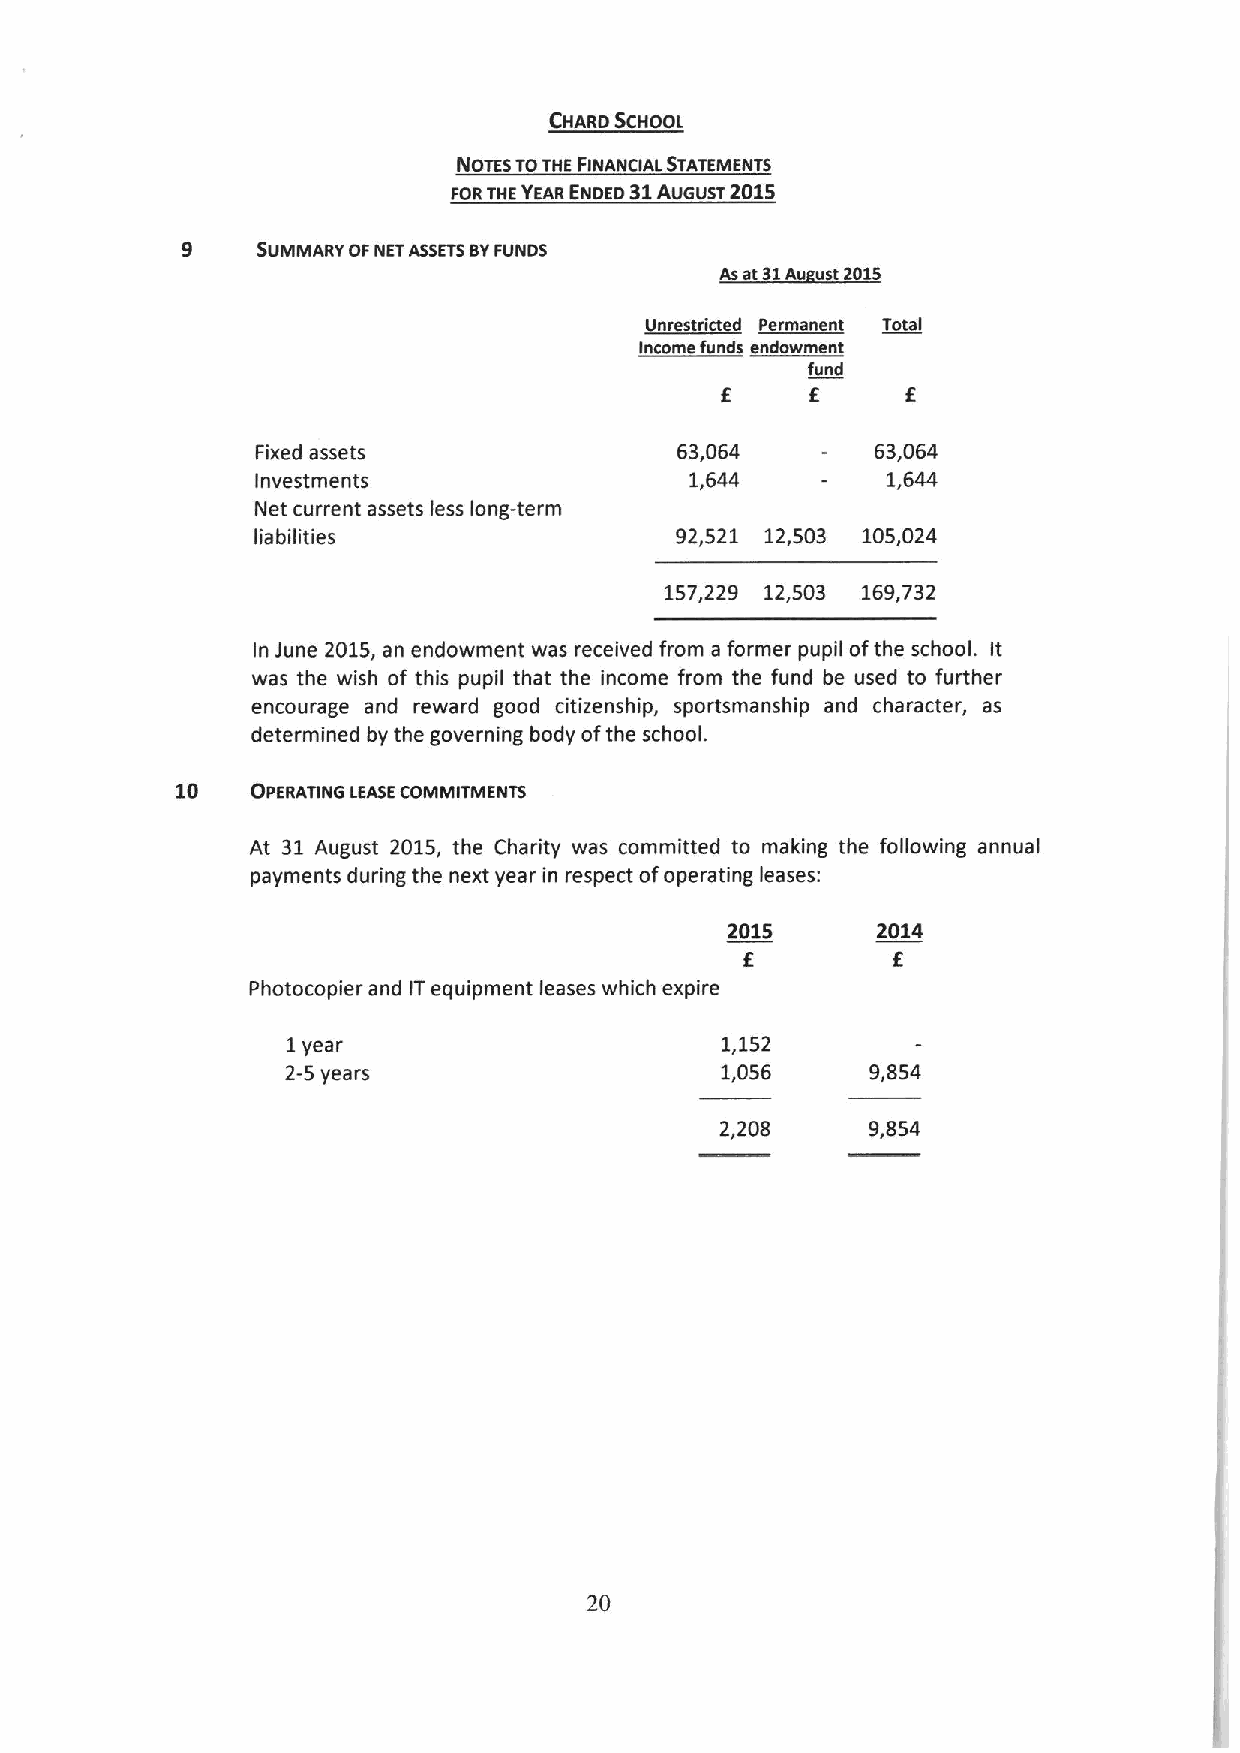
CHARD SCHOOL
 NOTES TOTHE FINANCIAL STATEMENTS
 FORTHE YEARENDED 31 AUGUST 2015
 9
 SUMMARY OFNETASSETSBYFUNDS
 Unrestrtcted Permanent Total
 Income funds endowment
 fund
 E
 Fixed assets                63,064       63,064
 Investments                  1,644        1,644
 Net current assets less long-term
 liabilities                 92,521 12,503 105,024
 157,229 12,503 169,732
 In June 2015,an endowment was received from a former pupil ofthe school. It
 was the wish of this pupil that the income from the fund be used to further
 encourage and reward good citizenship, sportsmanship and character, as
 determined by the governing body ofthe school.
 10
 OPERATING LEASECOMMITMENTS
 At 31 August 2015, the Charity was committed to making the following annual
 payments during the next year in respect ofoperating leases:
 2015      2014
 E         E
 Photocopier and ITequipment leases which expire
 1year                        1,152
 2-5years                     1,056     9,854
 2,208     9,854
 20